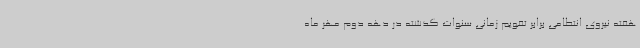
هفته نیروی انتظامی برابر تقویم زمانی سنوات گذشته در دهه دوم مهر ماه